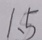
1 、 5